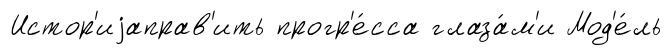
Истор'иjаправ'ить прогр'е́сса глаза́м'и Мод'е́ль